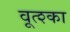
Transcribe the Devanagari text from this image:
वूत्श्का